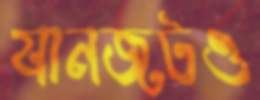
যানজটও